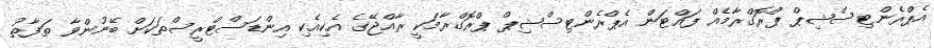
އެޕްރެންޓިސްޝިޕް ޕްރޮގްރާމެއް ފައްޓަން އެޕްރެންޓިސްޝިޕް ޕްރޮގްރާމަކީ ރާއްޖޭގެ އެކިއެކި އިންޑަސްޓްރީސްތަކަށް ބޭނުންވާ ތަފާތު